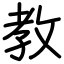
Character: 教